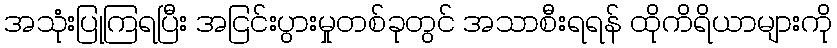
အသုံးပြုကြရပြီး အငြင်းပွားမှုတစ်ခုတွင် အသာစီးရရန် ထိုကိရိယာများကို